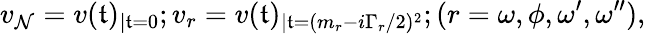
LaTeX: v_{\mathcal{N}}=v(\mathfrak{t})_{|\mathfrak{t}=0};v_{r}=v(\mathfrak{t})_{|\mathfrak{t}=(m_{r}-i\Gamma_{r}/2)^{2}};(r=\omega,\phi,\omega^{\prime},\omega^{\prime\prime}),